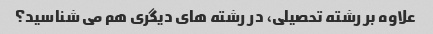
علاوه بر رشته تحصیلی، در رشته های دیگری هم می شناسید؟